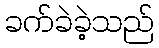
ခက်ခဲခဲ့သည်